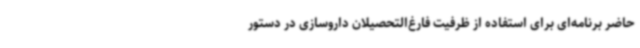
حاضر برنامه‌ای برای استفاده از ظرفیت فارغ‌التحصیلان داروسازی در دستور